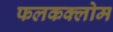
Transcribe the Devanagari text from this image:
फलकक्लोम